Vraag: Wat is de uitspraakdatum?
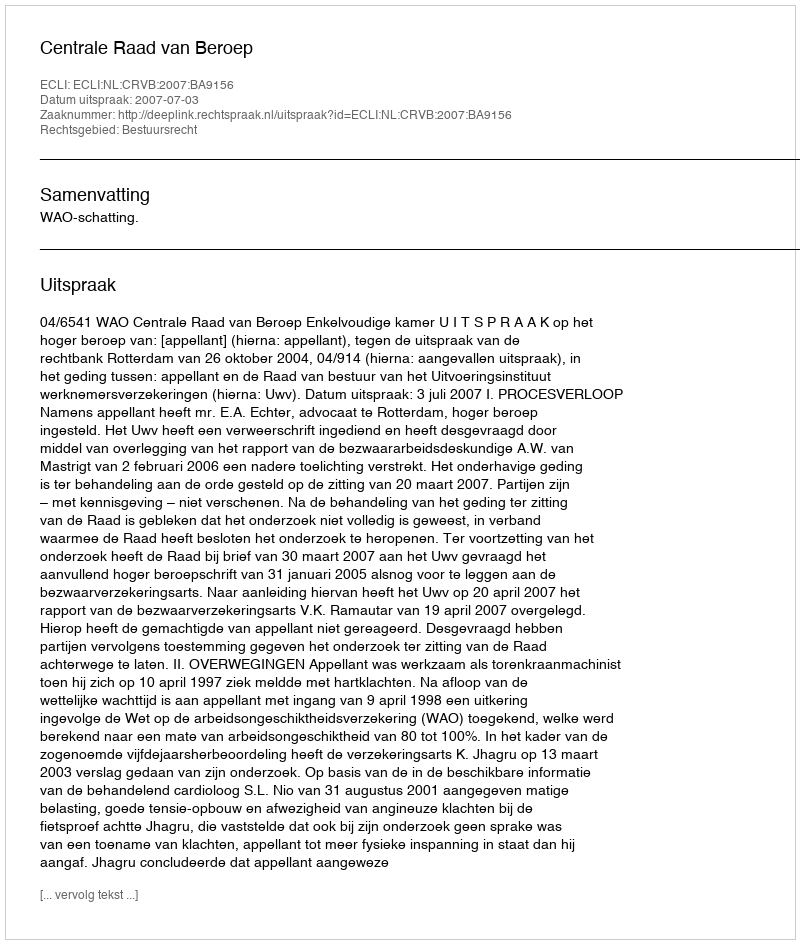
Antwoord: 2007-07-03